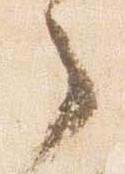
之